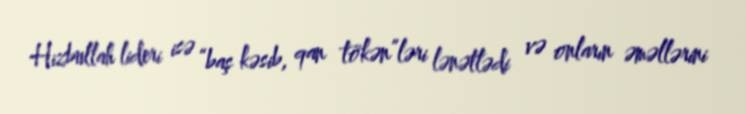
Hizbullah lideri isə “baş kəsib, qan tökən”ləri lənətlədi və onların əməllərini